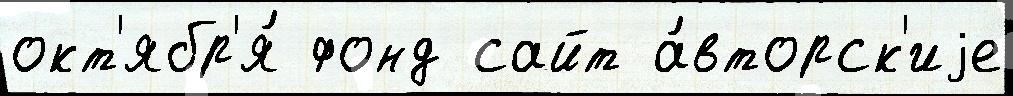
окт'ябр'я́ фонд сайт а́вторск'иjе